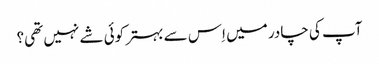
آپ کی چادر میں اِس سے بہتر کوئی شے نہیں تھی؟